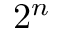
2 ^ { n }